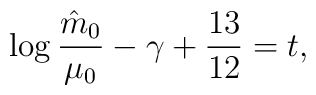
\log{\hat m_{0} \over \mu_{0}}-\gamma+{13 \over 12}=t,